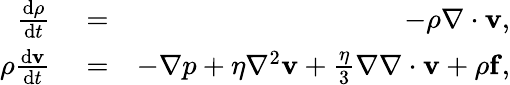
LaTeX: \begin{array}{rlr}{\frac{{\mathrm{d}}\rho}{{\mathrm{d}}t}}&{{}=}&{-\rho\nabla\cdot\mathbf{v},}\\ {\rho\frac{{\mathrm{d}}\mathbf{v}}{{\mathrm{d}}t}}&{{}=}&{-\nabla p+\eta\nabla^{2}\mathbf{v}+\frac{\eta}{3}\nabla\nabla\cdot\mathbf{v}+\rho\mathbf{f},}\end{array}